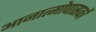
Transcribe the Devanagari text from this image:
आनात्मोपासकों